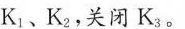
K_{1}、K_{2}，关闭K_{3}。